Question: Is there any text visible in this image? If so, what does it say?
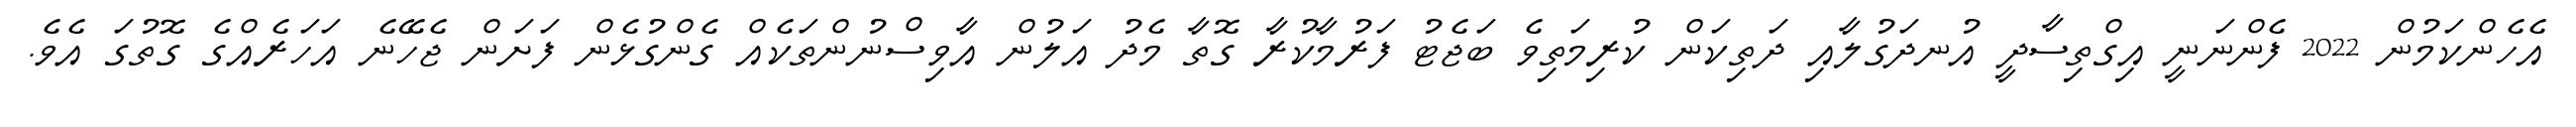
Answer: އެހެންކަމުން 2022 ފެންނަނީ އިގްތިސާދީ އުނދަގުލާއި ދަތިކަން ކުރިމަތިވެ ބަޖެޓު ފަރުމާކުރާ ގޮތާ މެދު އަލުން އާވިސްނުންތަކެއް ގެންގުޅެން ފަށަން ޖެހޭނެ އަހަރެއްގެ ގޮތުގަ އެވެ.